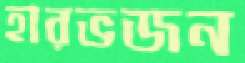
হারভজন